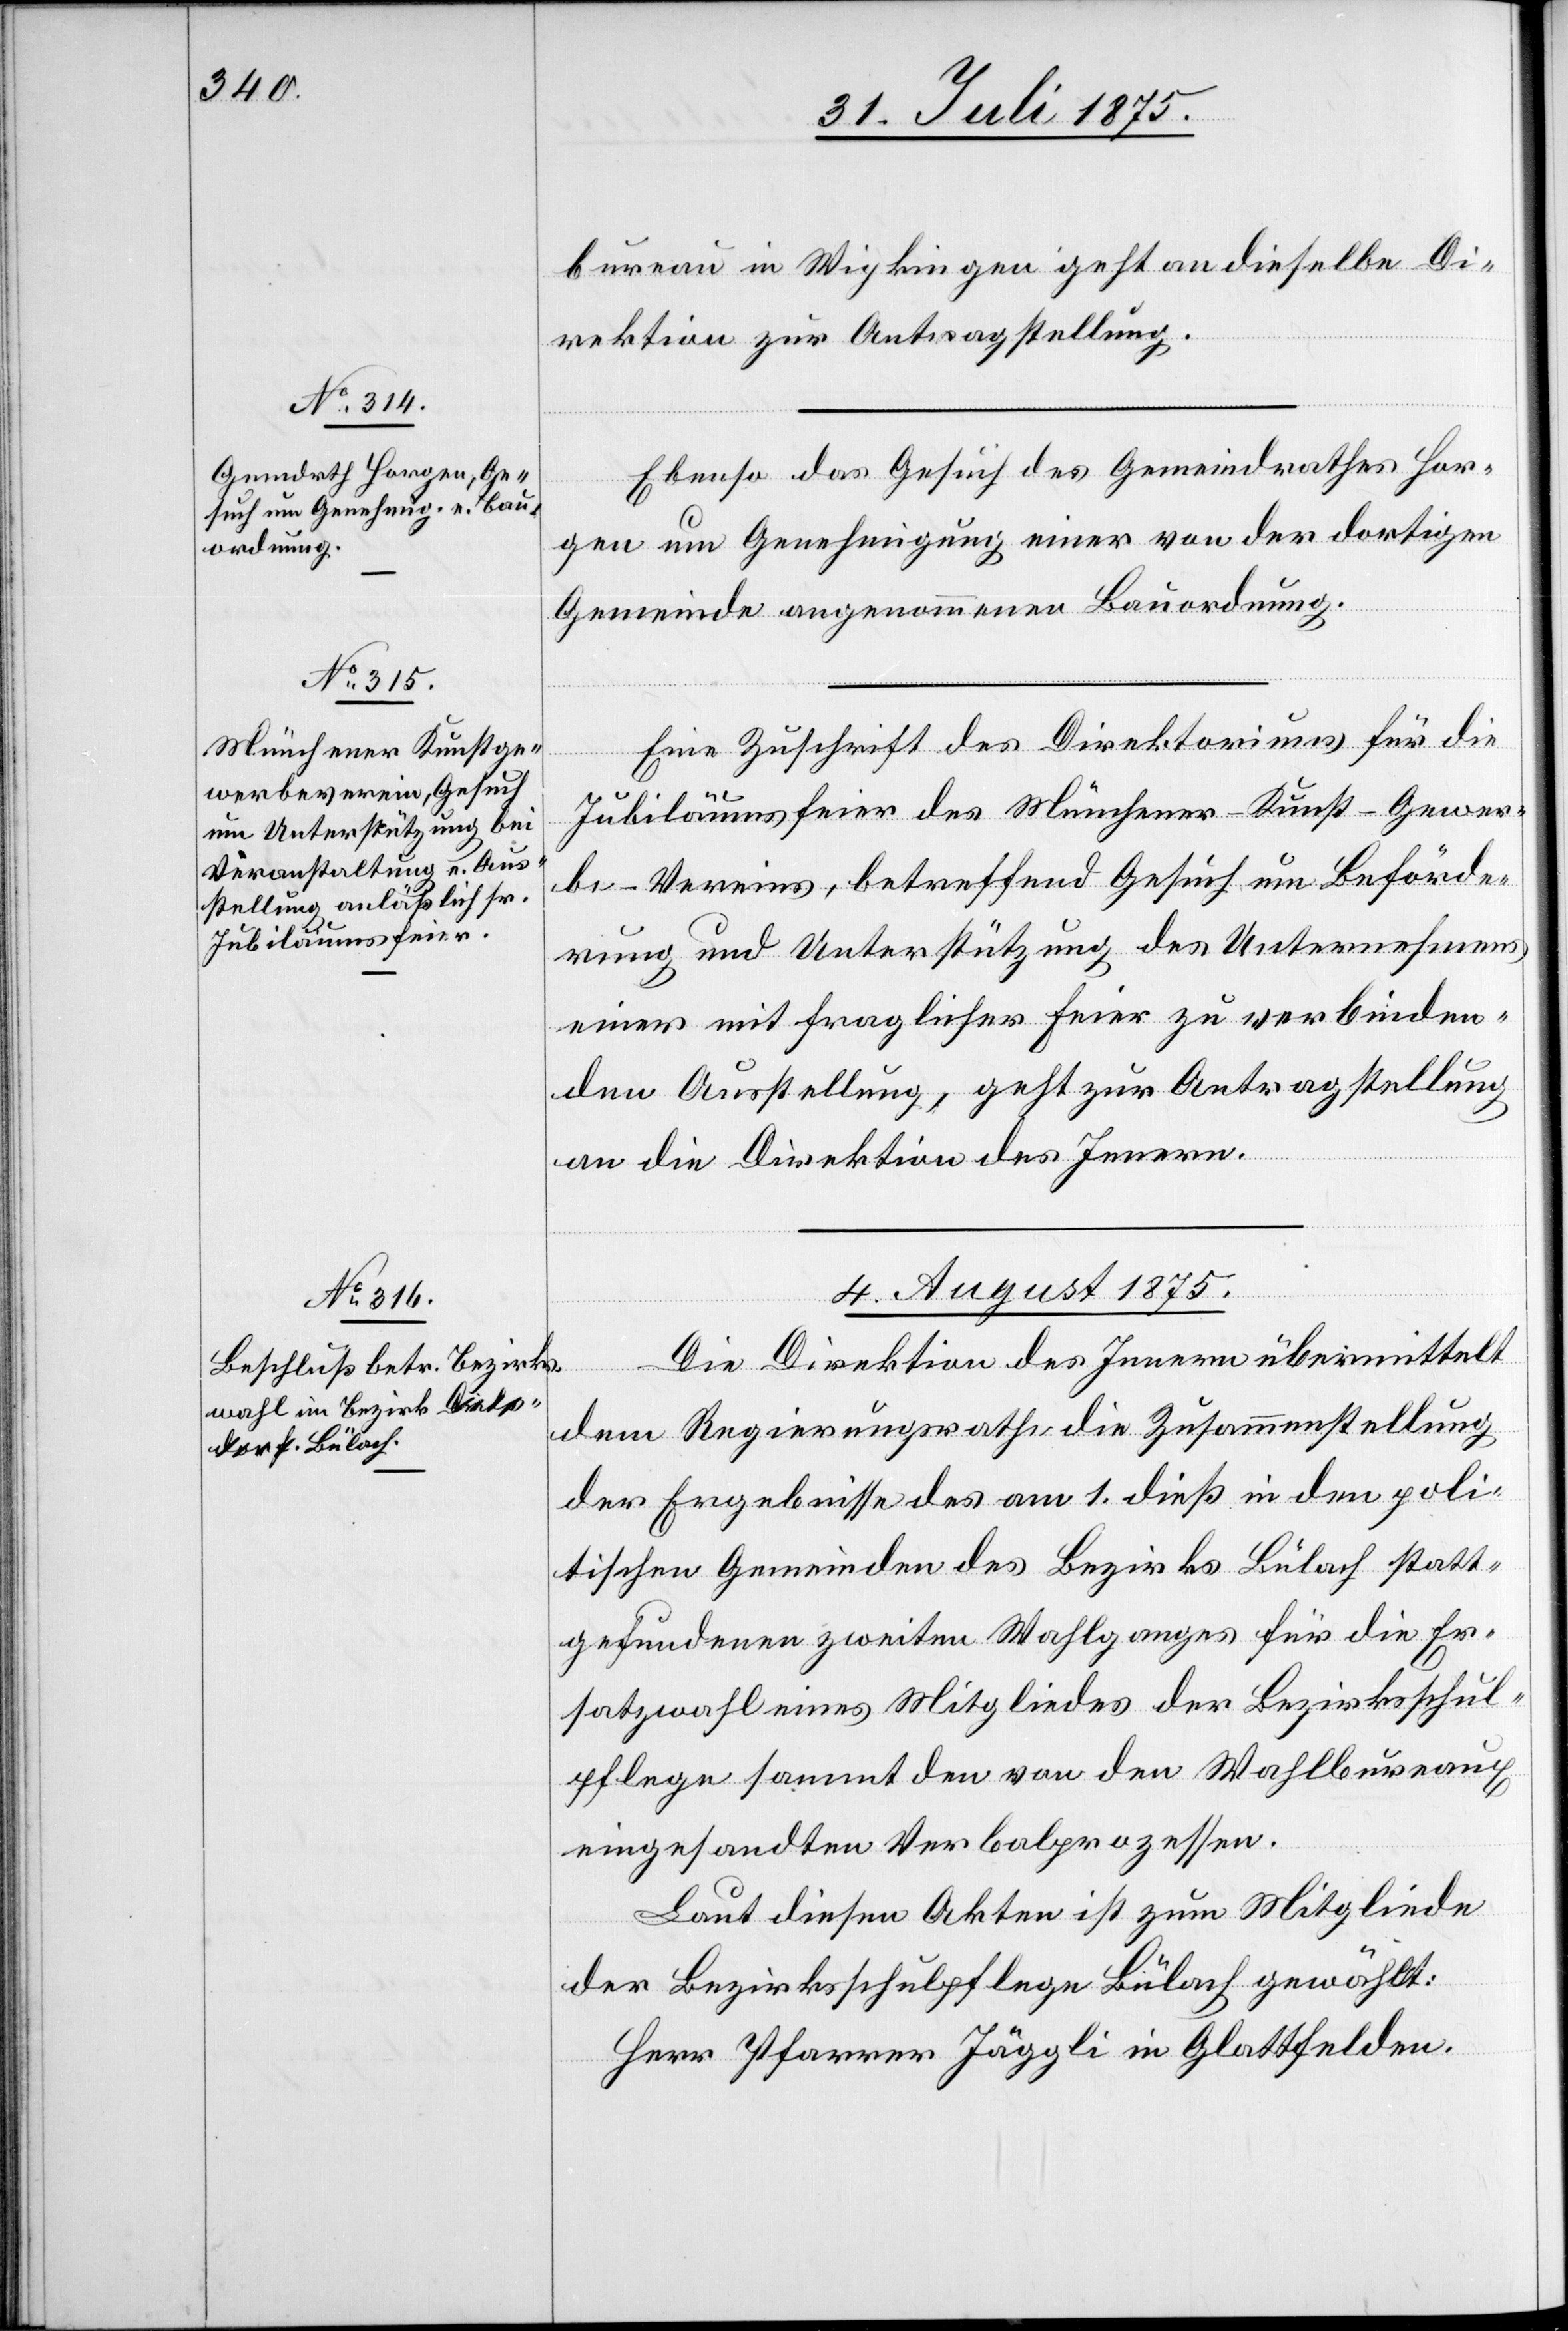
bureau in Wipkingen geht an dieselbe Di¬
rektion zur Antragstellung.
Ebenso das Gesuch des Gemeindrathes Hor¬
gen um Genehmigung einer von der dortigen
Gemeinde angenommenen Bauordnung.
Eine Zuschrift des Direktoriums für die
Jubiläumsfeier des Münchener-Kunst-Gewer¬
be-Vereins, betreffend Gesuch um Beförde¬
rung und Unterstützung des Unternehmens
einer mit fraglicher Feier zu verbinden¬
den Ausstellung, geht zur Antragstellung
an die Direktion des Innern.
4. August 1875.
Die Direktion des Innern übermittelt
etzung
dem Regierungsrathe die Zusammenstellung
der Ergebnisse des am 1. dieß in den poli¬
tischen Gemeinden des Bezirks Bülach statt¬
gefundenen zweiten Wahlganges für die Er¬
satzwahl eines Mitgliedes der Bezirksschul¬
pflege sammt den von den Wahlbureaux
eingesandten Verbalprozessen.
Laut diesen Akten ist zum Mitgliede
der Bezirksschulpflege Bülach gewählt:
Herr Pfarrer Jäggli in Glattfelden.